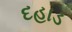
દહાડ